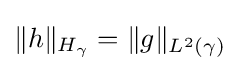
\|h\|_{H_{\gamma }}=\|g\|_{L^{2}(\gamma )}